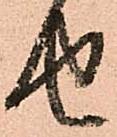
せ